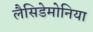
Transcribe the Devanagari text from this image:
लैसिडेमोनिया